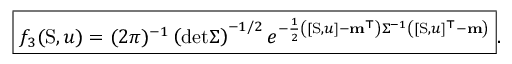
\boxed { f _ { 3 } ( \mathrm { S } , u ) = ( 2 \pi ) ^ { - 1 } \left( \mathrm { d e t } \Sigma \right) ^ { - 1 / 2 } e ^ { - \frac { 1 } { 2 } \left( [ \mathrm { S } , u ] - \mathbf { m } ^ { \top } \right) \Sigma ^ { - 1 } \left( [ \mathrm { S } , u ] ^ { \top } - \mathbf { m } \right) } } .